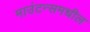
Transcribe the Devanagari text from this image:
माउंटन्समधील